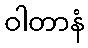
ဝါတာနံ